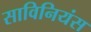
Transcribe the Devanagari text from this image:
साविनियंस